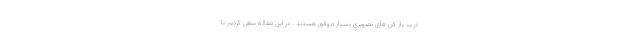
درب باز کن های تصویری بسیار موفق هستند . در این مقاله سعی کردیم تا